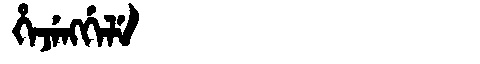
Manchu: ᡥᡝᠵᡝᠩᡤᡝᠯᡝ
Romanization: HEJENGGELE